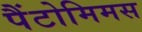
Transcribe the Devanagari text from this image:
पैंटोमिमस